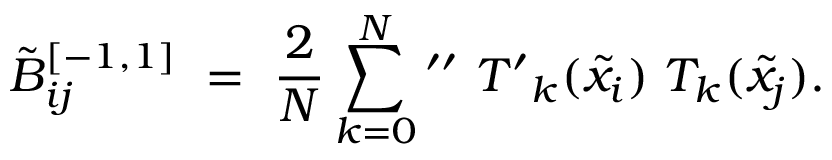
\tilde { B } _ { i j } ^ { [ - 1 , 1 ] } \ = \ \frac { 2 } { N } \sum _ { k = 0 } ^ { N } \mathrm { { } ^ { \prime \prime } } \ { T ^ { \prime } } _ { k } ( \tilde { x } _ { i } ) \ T _ { k } ( \tilde { x } _ { j } ) .